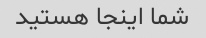
شما اینجا هستید